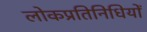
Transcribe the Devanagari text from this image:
लोकप्रतिनिधियों